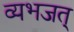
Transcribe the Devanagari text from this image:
व्यभजत्